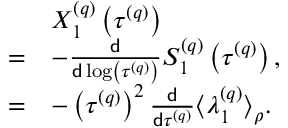
\begin{array} { r l } & { X _ { 1 } ^ { \left( q \right) } \left( \tau ^ { \left( q \right) } \right) } \\ { = } & { - \frac { \mathsf { d } } { \mathsf { d } \log \left( \tau ^ { \left( q \right) } \right) } S _ { 1 } ^ { \left( q \right) } \left( \tau ^ { \left( q \right) } \right) , } \\ { = } & { - \left( \tau ^ { \left( q \right) } \right) ^ { 2 } \frac { \mathsf { d } } { \mathsf { d } \tau ^ { \left( q \right) } } \big \langle \lambda _ { 1 } ^ { \left( q \right) } \big \rangle _ { \rho } . } \end{array}